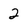
Character: 2